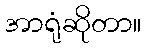
အာရုံဆိုတာ။